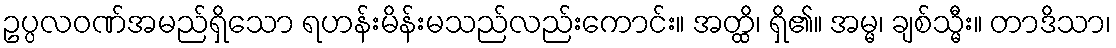
ဥပ္ပလဝဏ်အမည်ရှိသော ရဟန်းမိန်းမသည်လည်းကောင်း။ အတ္ထိ၊ ရှိ၏။ အမ္မ၊ ချစ်သ္မီး။ တာဒိသာ၊